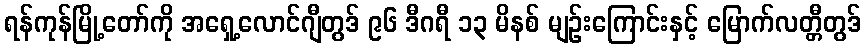
ရန်ကုန်မြို့တော်ကို အရှေ့လောင်ဂျီတွဒ် ၉၆ ဒီဂရီ ၁၃ မိနစ် မျဉ်းကြောင်းနှင့် မြောက်လတ္တီတွဒ်